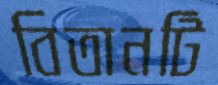
বিতানটি